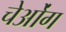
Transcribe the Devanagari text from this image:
चेओंग